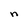
Character: n